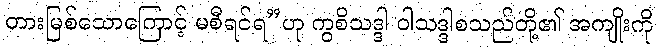
တားမြစ်သောကြောင့် မစီရင်ရ”ဟု ကွစိသဒ္ဒါ ဝါသဒ္ဒါစသည်တို့၏ အကျိုးကို